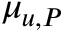
\mu _ { u , P }